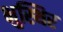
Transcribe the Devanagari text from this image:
भुस्थिर